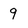
Character: 9